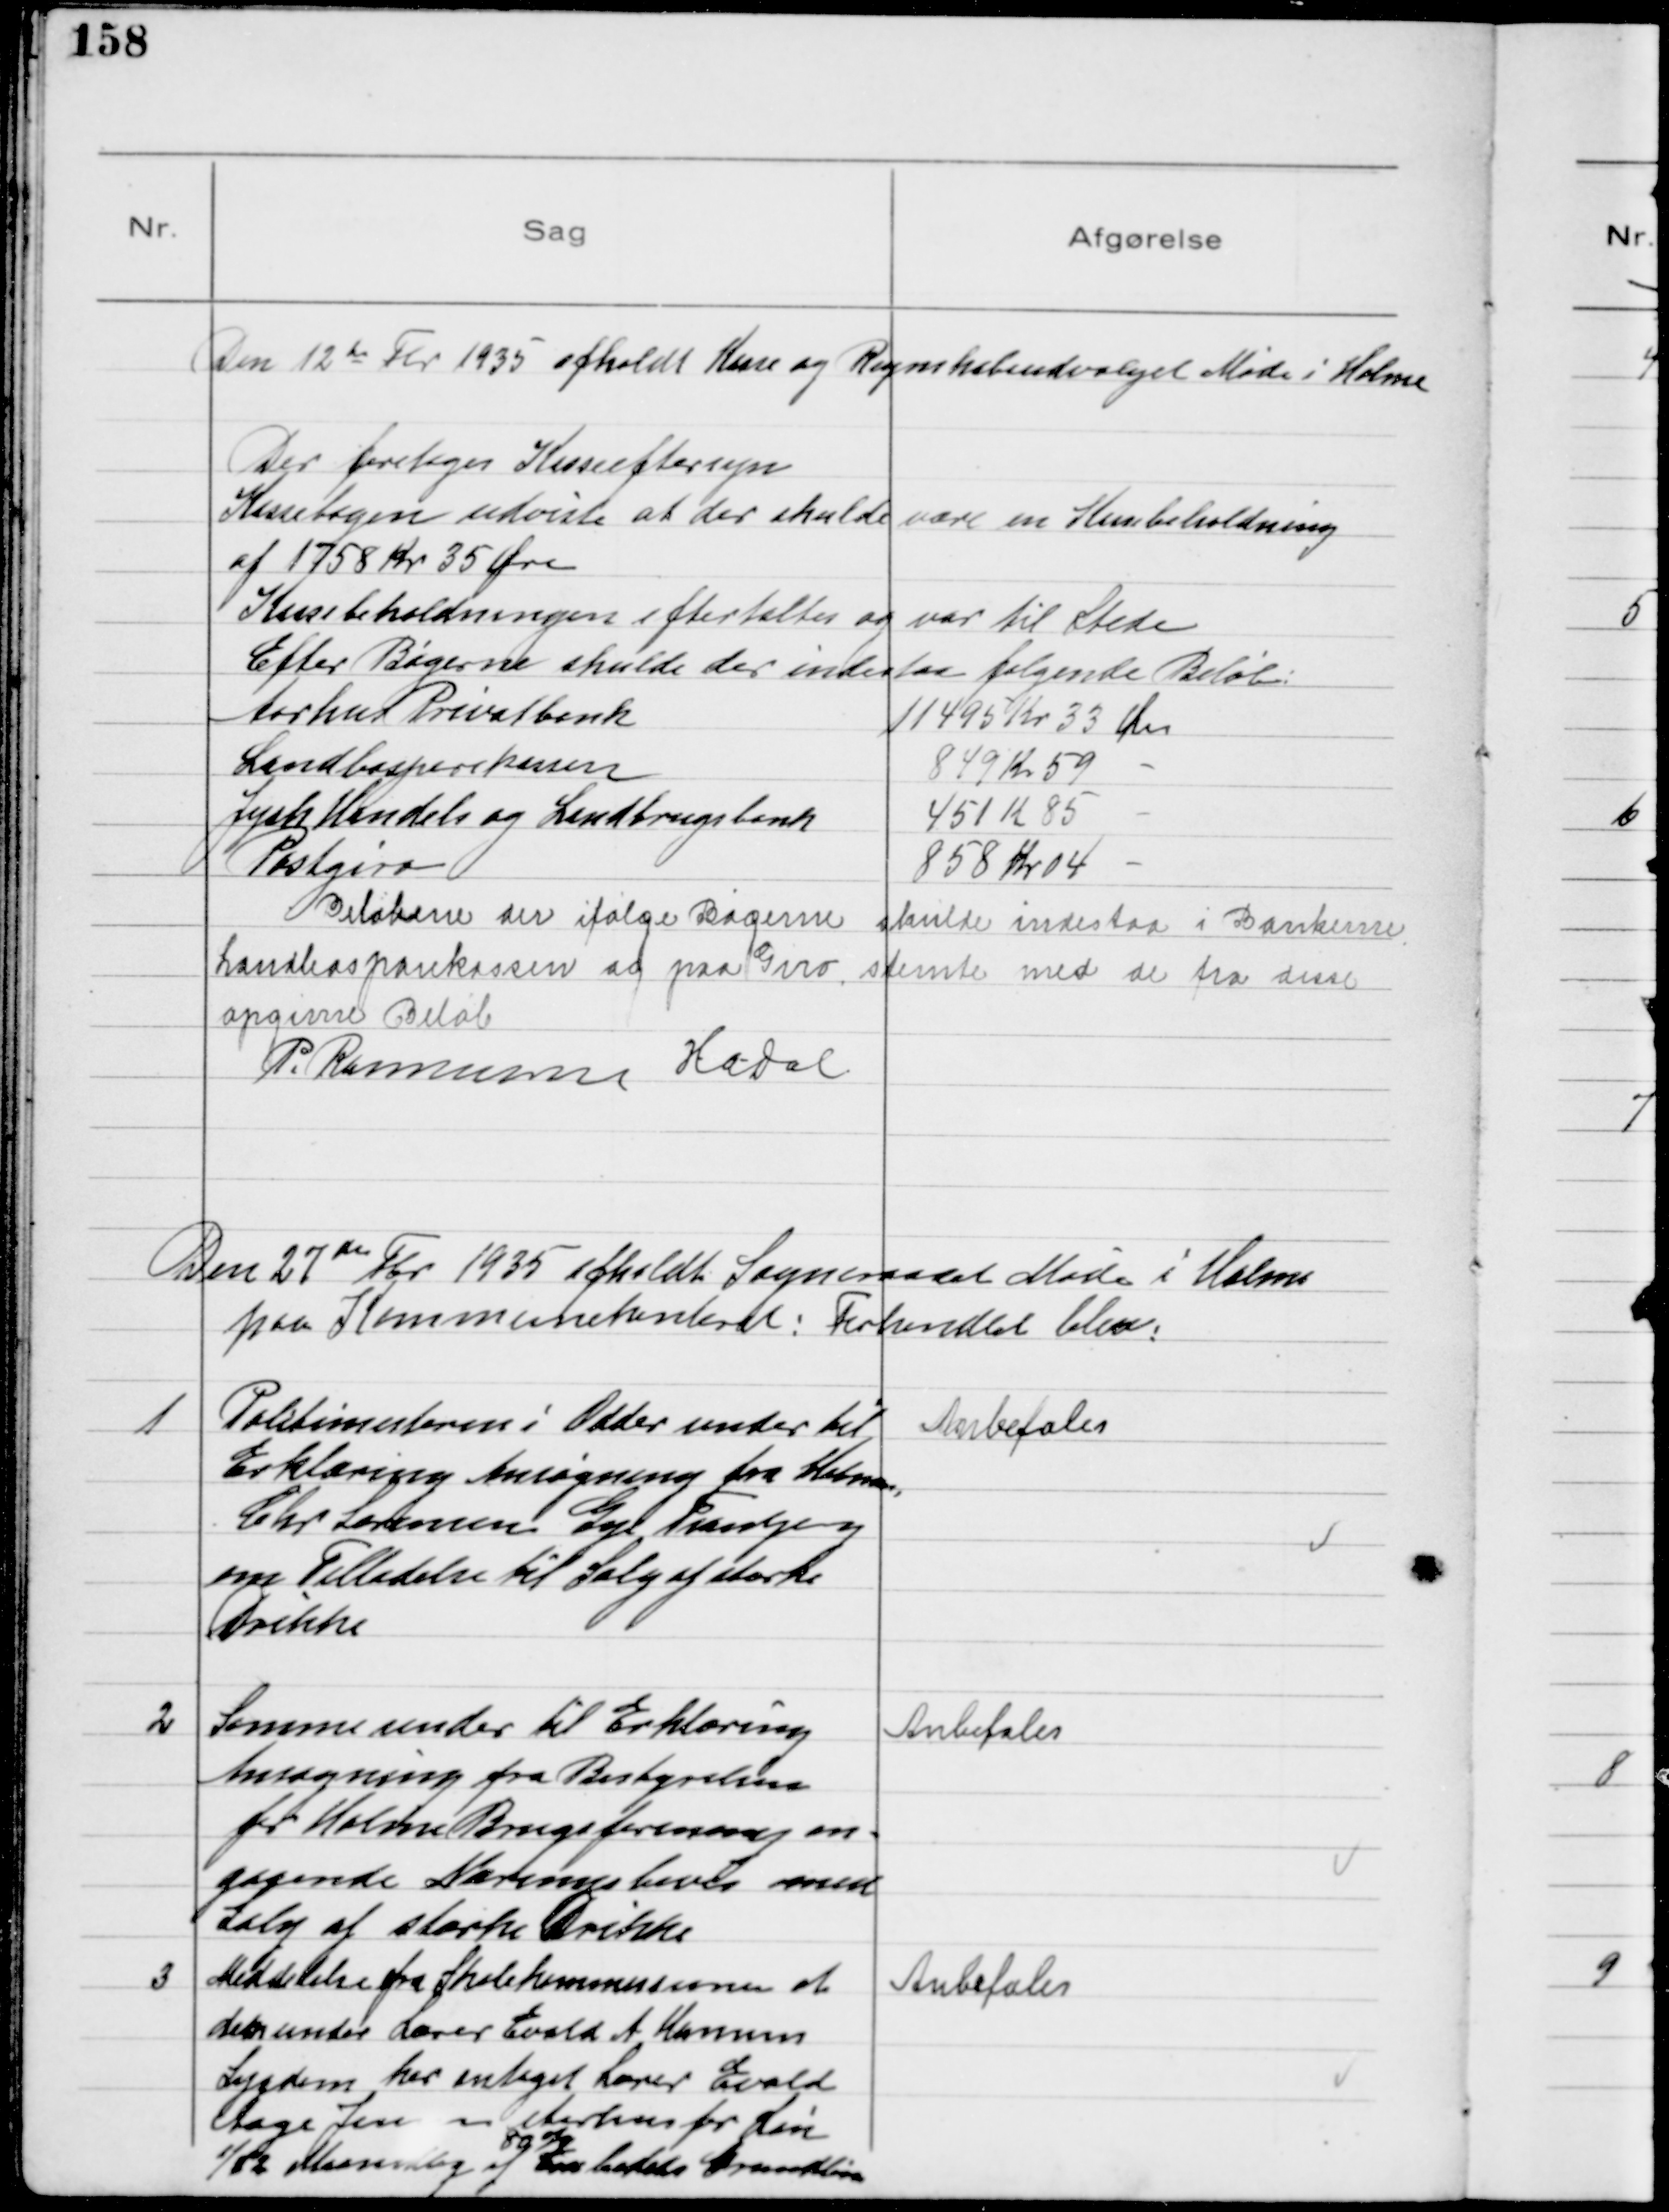
Transskription:
Den 12te Fbr 1935 afholdt Kasse og Regnskabsudvalget Møde i Holme
Der foretoges Kasseeftersyn
Kassebogen udviste at der skulde være en Kassebeholdning
af 1758 Kr 35 Øre
Kassebeholdningen eftertaltes og var til Stede
Efter Bøgerne skulde der indestaa følgende Beløb:
Aarhus Privatbank
11495Kr 33 Øre
Landbosparekassen
849 Kr 59  
Jysk Handels og Landbrugsbank
451 Kr 85 
Postgiro
858 Kr 04  
Beløbene der ifølge Bøgerne skulde indestaa i Bankerne
Landbosparekassen og paa Giro, stemte med de fra disse
opgivne Beløb
P. Rasmussen H.A. Dal

Den 27de Fbr 1935 afholdt Sogneraadet Møde i Holme
paa Kommunekontoret: Forhandlet blev:

1
Politimesteren i Odder sender til
Erklæring Ansøgning fra Købm.,
Chr Lorensen Gye Tranbjerg
om Tilladelse til Salg af stærke
Drikke

Anbefales

2
Samme sender til Erklæring
Ansøgning fra Bestyrelsen
for Holme Brugsforening an=
gaaende Næringsbevis med
Salg af stærke Drikke

Anbefales

3
Meddelelse fra Skolekommissionen at
den under Lærer Evald A Hansens
Sygdom har antaget Lærer Evald
Aage Jensen Aarhus for Løn
1/12 Maanedlig
80%
af  Grundløn

Anbefales